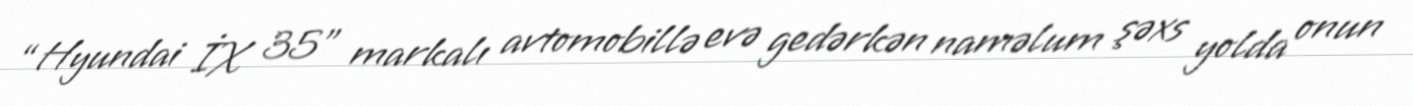
“Hyundai İX 35” markalı avtomobillə evə gedərkən naməlum şəxs yolda onun